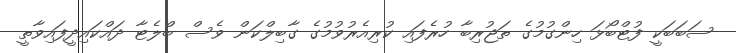
ސަބަބަކީ ފުޓްބޯޅަ ހިންގުމުގެ ތަޖުރިބާ ހުރެފައި ކުރިއެރުވުމުގެ ގާބިލްކަން ވެސް ބްލެޓާ ދައްކައިދީފައިވާތީ